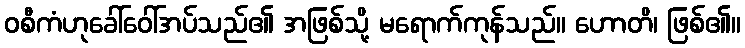
ဝစီကံဟုခေါ်ဝေါ်အပ်သည်၏ အဖြစ်သို့ မရောက်ကုန်သည်။ ဟောတိ၊ ဖြစ်၏။